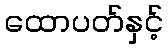
ထောပတ်နှင့်